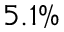
5 . 1 \%